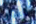
كابون